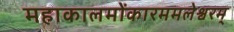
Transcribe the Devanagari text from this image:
महाकालमोंकारममलेश्वरम्